system: You are a helpful assistant.
user:
Analyze the provided spectrum to determine if it is a **S-type Star**.

- **Key Indicators for S-type Star:**

    - **(Overall Spectrum Shape):** The first and most obvious characteristic is the overall continuum (the "baseline" shape). It is **extremely "red-sloping,"** meaning the flux (light intensity) is very low on the left side (blue, ~4000-4500 Å) and rises steeply and continuously toward the right side (red, ~7000 Å+).

    - **(Primary):** The spectrum is defined by the presence of strong, broad molecular absorption "valleys" (bands) from **Zirconium Oxide (ZrO)**. The identification of these bands is the **primary requirement** for classifying a star as S-type.
        - **(Key Bandheads):** You must find distinct, deep "dips" where the light has been absorbed. The most critical band systems to locate are:
            - **~6474 Å** ($\gamma$-system): This is often the strongest and clearest ZrO feature, found in the red part of the spectrum.
            - **~5718 Å** & **~5551 Å** ($\beta$-system): A pair of prominent absorption features in the yellow-orange part of the spectrum.
            - **~4640 Å** ($\alpha$-system): A key absorption band system in the blue-green region of the spectrum.

    - **(Secondary Confirmation):** The classification is strengthened by finding additional absorption bands from other related heavy element oxides, which are expected to be present alongside ZrO.
        - **(Key Bandheads):**
            - **Yttrium Oxide (YO):** Look for absorption dips near **~4800 Å** and **~6100 Å**.
            - **Lanthanum Oxide (LaO):** Additional absorption features, particularly in the red-orange part of the spectrum, are also characteristic.

    - **(Line Profile):** The combination of the steep red continuum and these numerous, deep molecular bands (ZrO, YO, etc.) gives the entire spectrum a very **"chopped-up"** or **"bumpy"** appearance. Instead of a smooth curve, the spectrum looks as though large, wide chunks of light have been "carved out" of it at the specific wavelengths listed above.

Think first, call **spectral_visualization_tool** if needed to examine features in detail, then provide your final answer. Your response must adhere to the following strict rules:
1.  **Overall Structure:** Your response must follow the format `<think>...</think> <tool_call>...</tool_call> (if a tool is used) <answer>...</answer>`.
2.  **Tool Usage Constraint:** You may only make **one** tool call per turn.
3.  **Final Answer Format:** In the `<answer>` tag, your conclusion must be inside a `\boxed{}` command (e.g., `\boxed{YES}` or `\boxed{NO}`), followed by your justification.

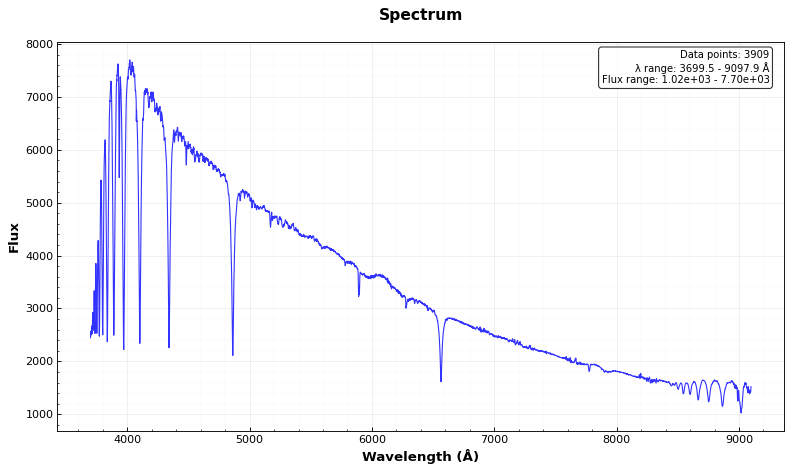
Answer: YES